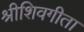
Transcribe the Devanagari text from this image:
श्रीशिवगीता